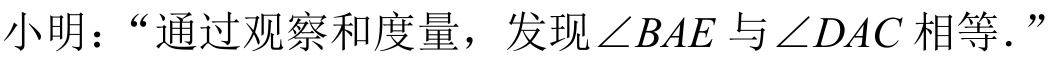
小明：“通过观察和度量，发现\(\angle BAE\)与\(\angle DAC\)相等．”